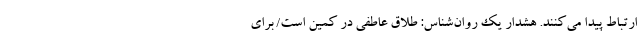
ارتباط پیدا می‌کنند. هشدار یک روان‌شناس: طلاق عاطفی در کمین است/ برای